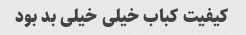
کیفیت کباب خیلی خیلی بد بود